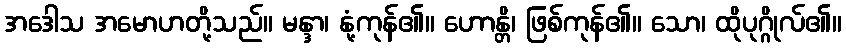
အဒေါသ အမောဟတို့သည်။ မန္ဒာ၊ နုံ့ကုန်၏။ ဟောန္တိ၊ ဖြစ်ကုန်၏။ သော၊ ထိုပုဂ္ဂိုလ်၏။